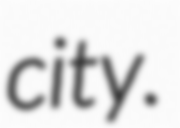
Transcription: city.